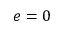
e = 0